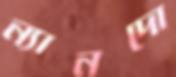
ন্যানদো